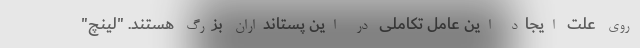
روی علت ایجاد این عامل تکاملی در این پستانداران بزرگ هستند. "لینچ"